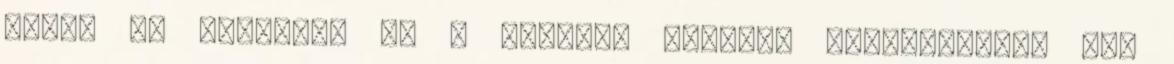
ebben az esetben, ha a kerámia felület felmaródott, már